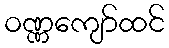
ဝဏ္ဏကျော်ထင်